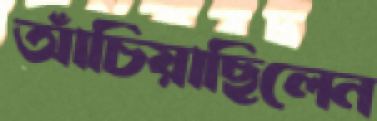
আঁচিয়াছিলেন